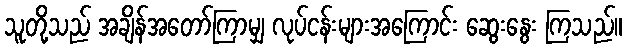
သူတို့သည် အချိန်အတော်ကြာမျှ လုပ်ငန်းများအကြောင်း ဆွေးနွေး ကြသည်။